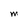
Character: M